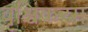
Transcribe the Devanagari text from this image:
वृश्चिकरम